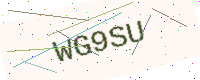
Text: WG9SU